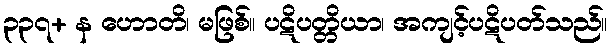
၃၃၇+ န ဟောတိ၊ မဖြစ်။ ပဋိပတ္တိယာ၊ အကျင့်ပဋိပတ်သည်။